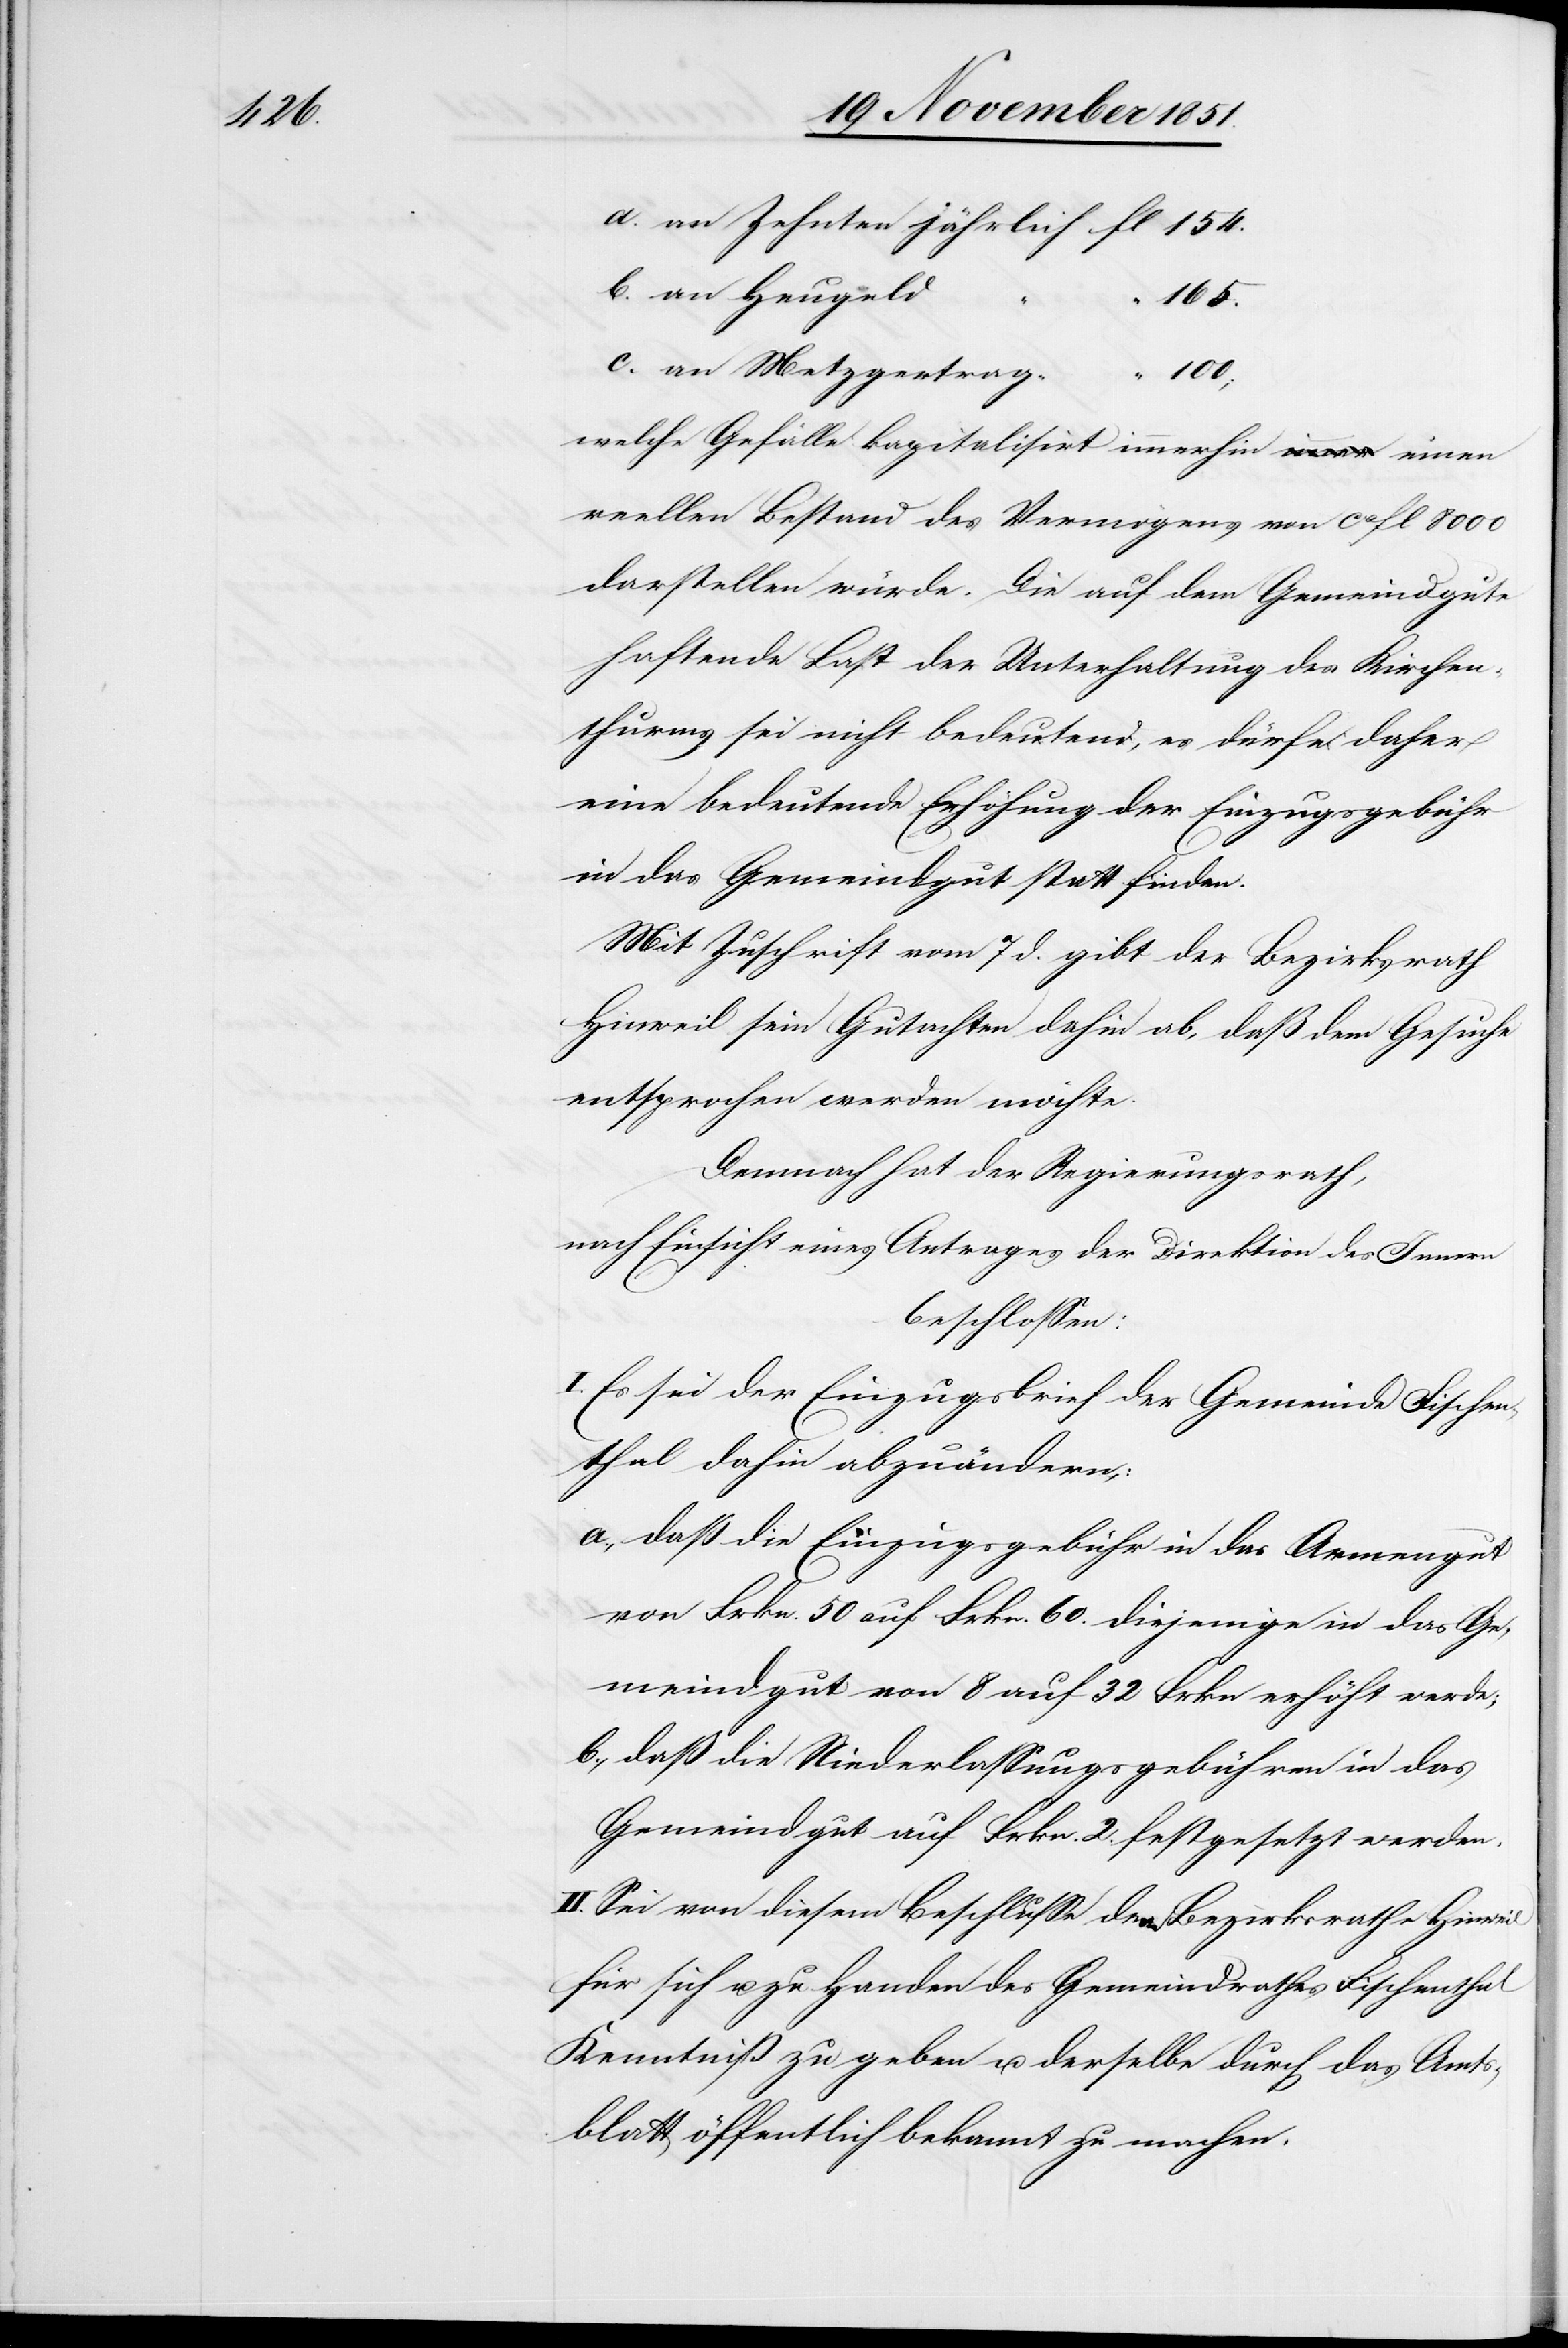
154.

b.
165.
an Metzgertrag
100;
welche Gefälle kapitalisirt immerhin einen
reellen Bestand des Vermögens von ca fl 8000
darstellen würde. Die auf dem Gemeindgut¬
e
haftende Last der Unterhaltung des Kirchen¬
thurms sei nicht bedeutend, es dürfe daher
eine bedeutende Erhöhung der Einzugsgebühr
in das Gemeindgut statt finden.
Mit Zuschrift vom 7 d. gibt der Bezirksrath
Hinweil sein Gutachten dahin ab, daß dem Gesuche
entsprochen werden möchte.
Demnach hat der Regierungsrath,
nach Einsicht eines Antrages der Direktion des Innern
beschlossen:
I. Es sei der Einzugsbrief der Gemeinde Fischen¬
thal dahin abzuändern,:
daß die Einzugsgebühr in das Armengut
von Frkn. 50 auf Frkn. 60.[,] diejenige in das Ge¬
meindgut von 8 auf 32 Frkn erhöht werde;
daß die Niederlassungsgebühren in das
Gemeindgut auf Frkn. 2. festgesetzt werden.
II. Sei von diesem Beschlusse dem Bezirksrathe Hinweil
für sich u. zu Handen des Gemeindrathes Fischenthal
Kenntniß zu geben u. derselbe durch das Amts¬
blatt öffentlich bekannt zu machen.